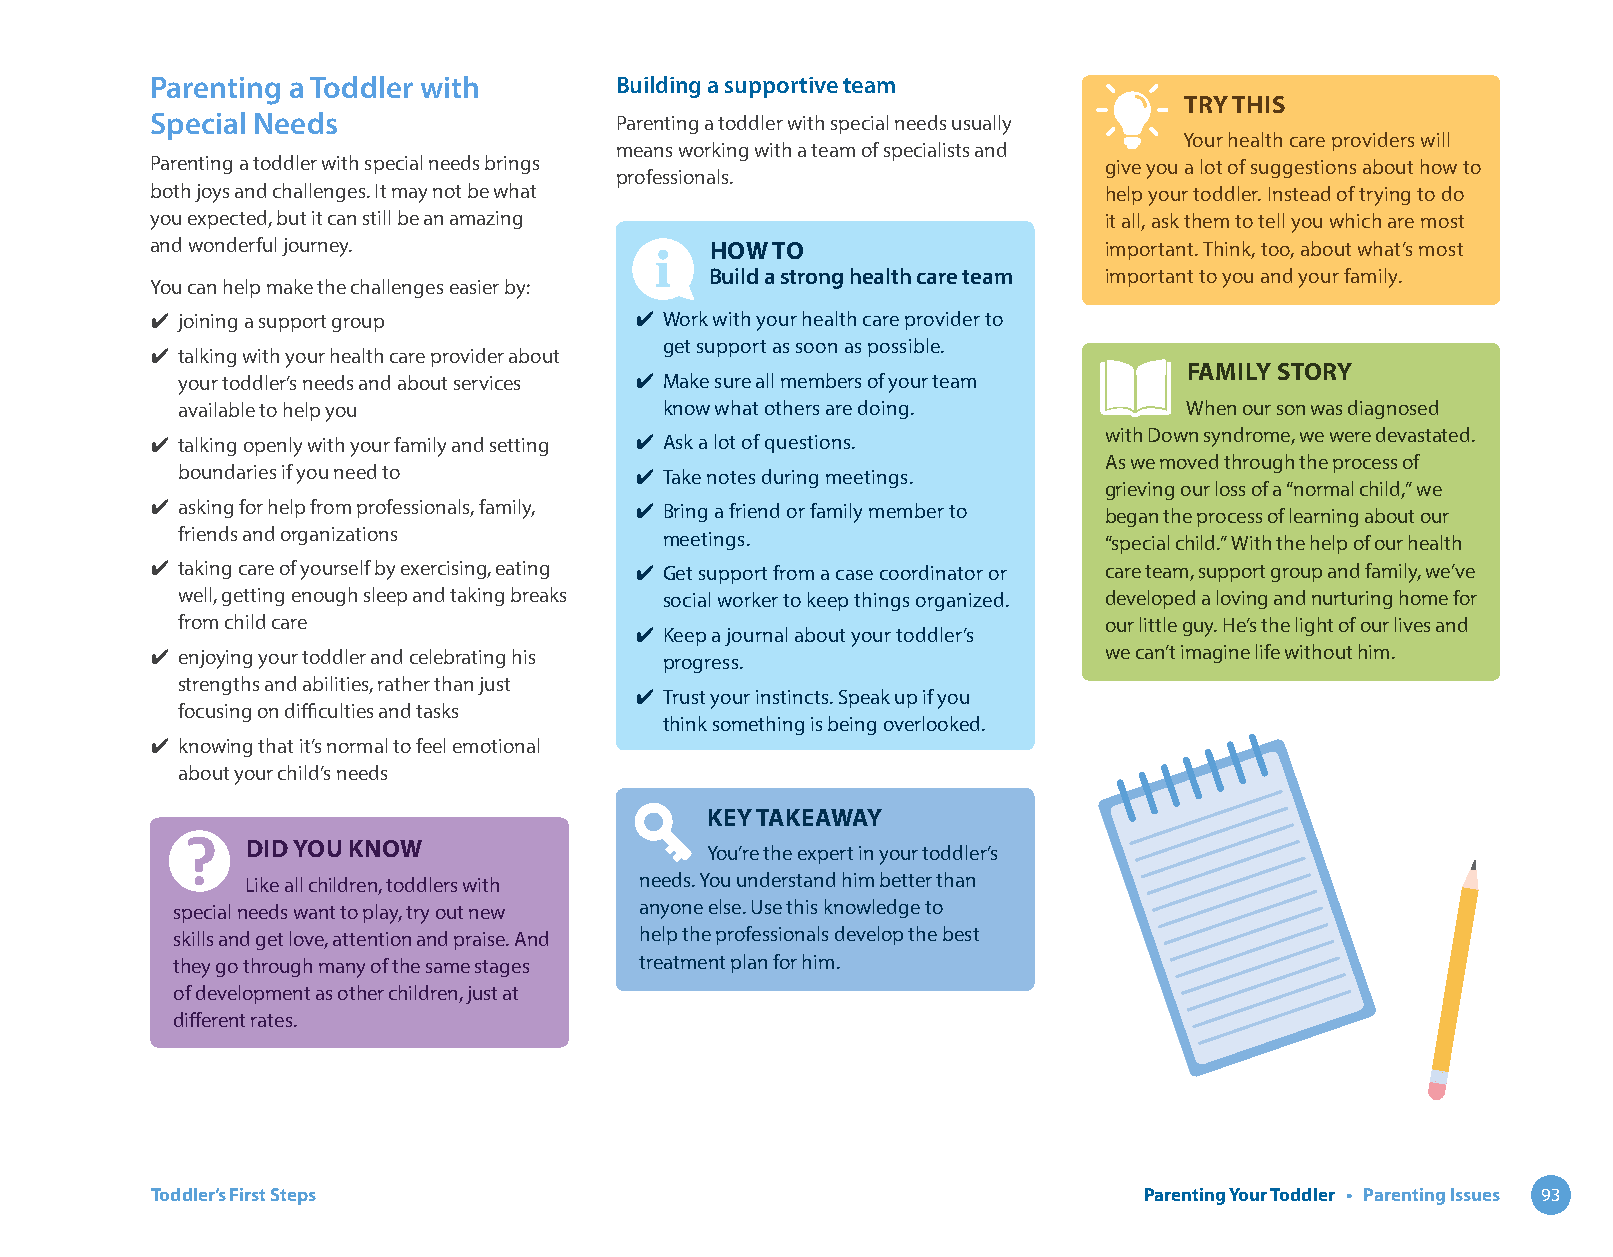
Parenting a Toddler with       Building a supportive team
 TRY THIS
 Special Needs                  Parenting a toddler with special needs usually
 Your health care providers will
 means working with a team of specialists and
 Parenting a toddler with special needs brings                  give you a lot of suggestions about how to
 professionals.
 both joys and challenges. It may not be what                   help your toddler. Instead of trying to do
 you expected, but it can still be an amazing                   it all, ask them to tell you which are most
 and wonderful journey.               HOW TO                    important. Think, too, about what’s most
 Build a strong health care team important to you and your family.
 You can help make the challenges easier by:
 ✔ joining a support group       ✔ Work with your health care provider to
 get support as soon as possible.
 ✔ talking with your health care provider about
 FAMILY STORY
 your toddler’s needs and about services ✔ Make sure all members of your team
 available to help you           know what others are doing.        When our son was diagnosed
 ✔ talking openly with your family and setting ✔ Ask a lot of questions. with Down syndrome, we were devastated.
 As we moved through the process of
 boundaries if you need to     ✔ Take notes during meetings.
 grieving our loss of a “normal child,” we
 ✔ asking for help from professionals, family, ✔ Bring a friend or family member to began the process of learning about our
 friends and organizations       meetings.                    “special child.” With the help of our health
 ✔ taking care of yourself by exercising, eating ✔ Get support from a case coordinator or care team, support group and family, we’ve
 well, getting enough sleep and taking breaks social worker to keep things organized. developed a loving and nurturing home for
 from child care                                              our little guy. He’s the light of our lives and
 ✔ Keep a journal about your toddler’s
 ✔ enjoying your toddler and celebrating his progress.          we can’t imagine life without him.
 strengths and abilities, rather than just
 ✔ Trust your instincts. Speak up if you
 focusing on difficulties and tasks
 think something is being overlooked.
 ✔ knowing that it’s normal to feel emotional
 about your child’s needs
 KEY TAKEAWAY
 DID YOU KNOW                   You’re the expert in your toddler’s
 Like all children, toddlers with needs. You understand him better than
 special needs want to play, try out new anyone else. Use this knowledge to
 skills and get love, attention and praise. And help the professionals develop the best
 they go through many of the same stages treatment plan for him.
 of development as other children, just at
 different rates.
 Toddler’s First Steps                                             Parenting Your Toddler • Parenting Issues 93